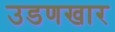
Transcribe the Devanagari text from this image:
उडणखार